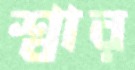
শ্বার